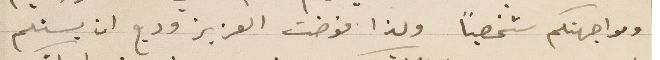
ومواجهتكم شخصياً ولذا فوضت العزيز وديع ان يستلم